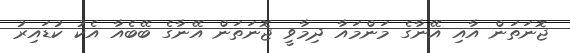
ޖޮނަތަން އާއި އޭނާގެ މަންމައާ ދިމާވީ ޖޮނަތަން އޭނާގެ ބޭބެއާ އެކު ކުޑައިރު